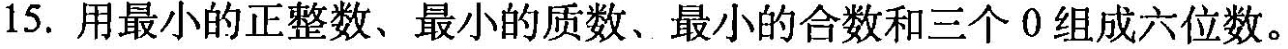
15. 用最小的正整数、最小的质数、最小的合数和三个0组成六位数。